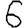
Digit: 6